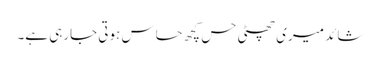
شائد میری چھٹی حس کچھ حساس ہوتی جارہی ہے۔